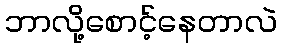
ဘာလို့စောင့်နေတာလဲ